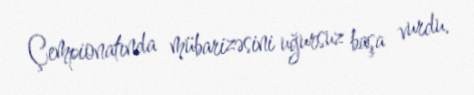
Çempionatında mübarizəsini uğursuz başa vurdu.